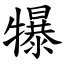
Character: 犦